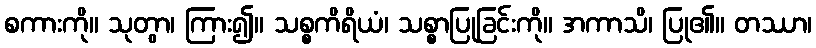
စကားကို။ သုတွာ၊ ကြား၍။ သစ္စကိရိယံ၊ သစ္စာပြုခြင်းကို။ အကာသိ၊ ပြု၏။ တဿာ၊